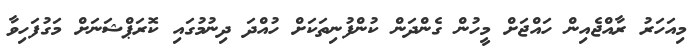
މިއަހަރު ރާއްޖެއިން ހައްޖަށް މީހުން ގެންދަން ކުންފުނިތަކަށް ހުއްދަ ދިނުމުގައި ކޮރަޕްޝަނަށް މަގުފަހިވާ